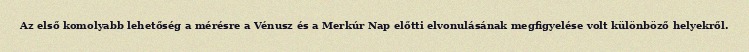
Az első komolyabb lehetőség a mérésre a Vénusz és a Merkúr Nap előtti elvonulásának megfigyelése volt különböző helyekről.